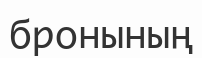
бронының